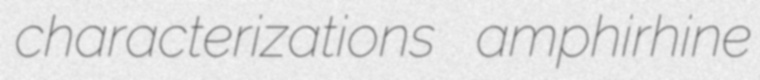
characterizations amphirhine